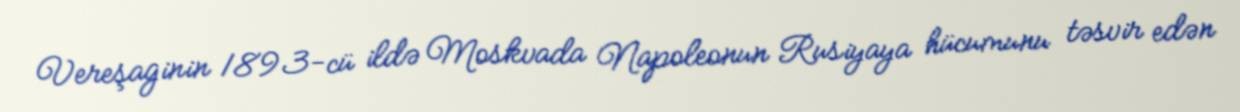
Vereşaginin 1893-cü ildə Moskvada Napoleonun Rusiyaya hücumunu təsvir edən